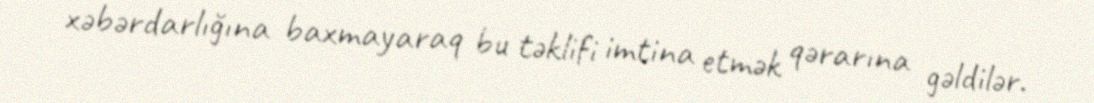
xəbərdarlığına baxmayaraq bu təklifi imtina etmək qərarına gəldilər.